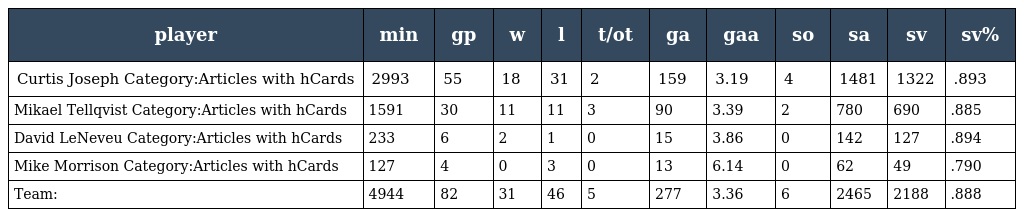
| player | min | gp | w | l | t/ot | ga | gaa | so | sa | sv | sv% |
 | --- | --- | --- | --- | --- | --- | --- | --- | --- | --- | --- | --- |
 | Curtis Joseph Category:Articles with hCards | 2993 | 55 | 18 | 31 | 2 | 159 | 3.19 | 4 | 1481 | 1322 | .893 |
 | Mikael Tellqvist Category:Articles with hCards | 1591 | 30 | 11 | 11 | 3 | 90 | 3.39 | 2 | 780 | 690 | .885 |
 | David LeNeveu Category:Articles with hCards | 233 | 6 | 2 | 1 | 0 | 15 | 3.86 | 0 | 142 | 127 | .894 |
 | Mike Morrison Category:Articles with hCards | 127 | 4 | 0 | 3 | 0 | 13 | 6.14 | 0 | 62 | 49 | .790 |
 | Team: | 4944 | 82 | 31 | 46 | 5 | 277 | 3.36 | 6 | 2465 | 2188 | .888 |